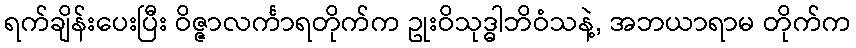
ရက်ချိန်းပေးပြီး ဝိဇ္ဇာလင်္ကာရတိုက်က ဥုးဝိသုဒ္ဓါဘိဝံသနဲ့, အဘယာရာမ တိုက်က